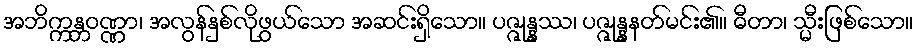
အဘိက္ကန္တဝဏ္ဏာ၊ အလွန်နှစ်လိုဖွယ်သော အဆင်းရှိသော။ ပဇ္ဇုန္နဿ၊ ပဇ္ဇုန္နနတ်မင်း၏။ ဓီတာ၊ သ္မီးဖြစ်သော။